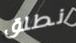
نطلق